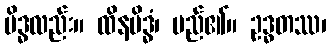
မိဒ္ဓလည်း။ ထိနမိဒ္ဓံ၊ မည်၏။ ဥဒ္ဓတဿ၊